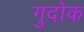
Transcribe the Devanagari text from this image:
गुदोक